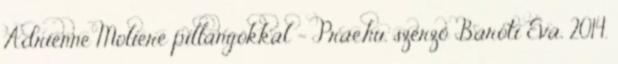
Adrienne Moliere pillangókkal - Prae.hu, szerző Baróti Éva, 2014.